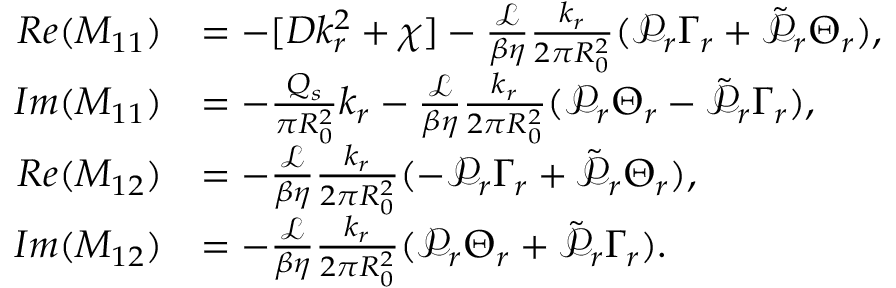
\begin{array} { r l } { R e ( M _ { 1 1 } ) } & { = - [ D k _ { r } ^ { 2 } + \chi ] - \frac { \mathcal { L } } { \beta \eta } \frac { k _ { r } } { 2 \pi R _ { 0 } ^ { 2 } } ( \mathcal { P } _ { r } \Gamma _ { r } + \tilde { \mathcal { P } } _ { r } \Theta _ { r } ) , } \\ { I m ( M _ { 1 1 } ) } & { = - \frac { Q _ { s } } { \pi R _ { 0 } ^ { 2 } } k _ { r } - \frac { \mathcal { L } } { \beta \eta } \frac { k _ { r } } { 2 \pi R _ { 0 } ^ { 2 } } ( \mathcal { P } _ { r } \Theta _ { r } - \tilde { \mathcal { P } } _ { r } \Gamma _ { r } ) , } \\ { R e ( M _ { 1 2 } ) } & { = - \frac { \mathcal { L } } { \beta \eta } \frac { k _ { r } } { 2 \pi R _ { 0 } ^ { 2 } } ( - \mathcal { P } _ { r } \Gamma _ { r } + \tilde { \mathcal { P } } _ { r } \Theta _ { r } ) , } \\ { I m ( M _ { 1 2 } ) } & { = - \frac { \mathcal { L } } { \beta \eta } \frac { k _ { r } } { 2 \pi R _ { 0 } ^ { 2 } } ( \mathcal { P } _ { r } \Theta _ { r } + \tilde { \mathcal { P } } _ { r } \Gamma _ { r } ) . } \end{array}